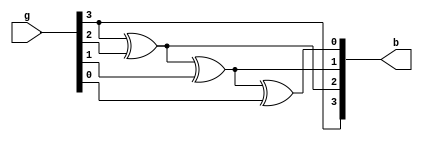
`timescale 1ns / 1ps
//////////////////////////////////////////////////////////////////////////////////
// Company: 
// Engineer: 
// 
// Design Name: 
// Module Name:    GraytoBinary_BM 
// Project Name: 
// Target Devices: 
// Tool versions: 
// Description: 
//
// Dependencies: 
//
// Revision: 
// Revision 0.01 - File Created
// Additional Comments: 
//
//////////////////////////////////////////////////////////////////////////////////
  module GraytoBinary_BM(b,g);
	input [3:0]g;
	output [3:0]b;
	reg [3:0]b;
always@(g)
	begin
	b[3]=g[3];
	b[2]=g[3]^g[2];
	b[1]=g[3]^g[2]^g[1];
	b[0]=g[3]^g[2]^g[1]^g[0];
	end
endmodule